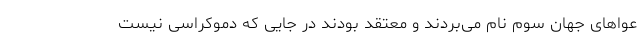
عواهای جهان سوم نام می‌بردند و معتقد بودند در جایی که دموکراسی نیست